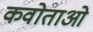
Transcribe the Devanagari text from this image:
कवोताओं